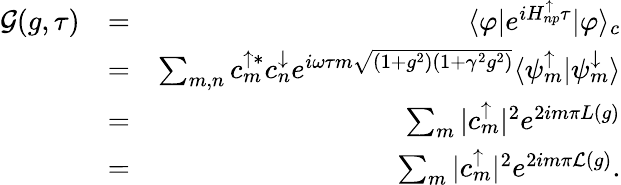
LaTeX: \begin{array}{rlr}{\mathcal{G}(g,\tau)}&{=}&{\langle\varphi\vert e^{iH_{np}^{\uparrow}\tau}\vert\varphi\rangle_{c}}\\ &{=}&{\sum_{m,n}c_{m}^{\uparrow*}c_{n}^{\downarrow}e^{i\omega\tau m\sqrt{(1+g^{2})(1+\gamma^{2}g^{2})}}\langle\psi_{m}^{\uparrow}\vert\psi_{m}^{\downarrow}\rangle}\\ &{=}&{\sum_{m}\vert c_{m}^{\uparrow}\vert^{2}e^{2im\pi L(g)}}\\ &{=}&{\sum_{m}\vert c_{m}^{\uparrow}\vert^{2}e^{2im\pi\mathcal{L}(g)}.}\end{array}